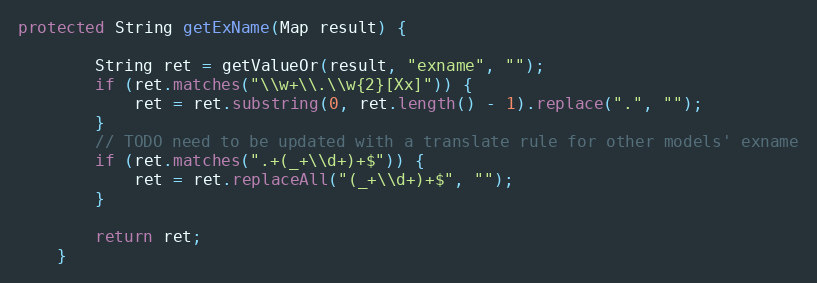
Language: Java
protected String getExName(Map result) {

        String ret = getValueOr(result, "exname", "");
        if (ret.matches("\\w+\\.\\w{2}[Xx]")) {
            ret = ret.substring(0, ret.length() - 1).replace(".", "");
        }
        // TODO need to be updated with a translate rule for other models' exname
        if (ret.matches(".+(_+\\d+)+$")) {
            ret = ret.replaceAll("(_+\\d+)+$", "");
        }

        return ret;
    }